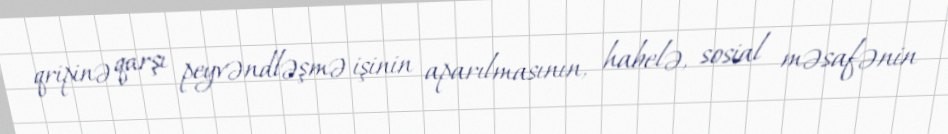
qripinə qarşı peyvəndləşmə işinin aparılmasının, habelə, sosial məsafənin